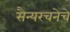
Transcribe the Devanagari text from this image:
सैन्यरचनेचे